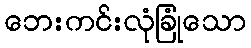
ဘေးကင်းလုံခြုံသော